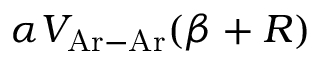
\alpha V _ { \mathrm { A r - A r } } ( \beta + R )